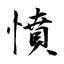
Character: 憤